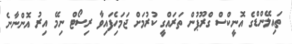
ތައިލޭންޑްގެ އޮނީކްސް ގްރޫޕުން ތަރައްގީ ކުރުމަށް ޖަމަހެިފައިވާ ރިިސޯޓް ނިމޭ އިރު އޮންނާނެ